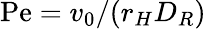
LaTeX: \mathrm{Pe}=v_{0}/(r_{H}D_{R})